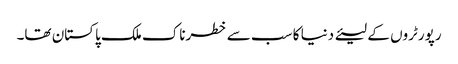
رپورٹروں کے لیئے دنیا کا سب سے خطرناک ملک پاکستان تھا۔